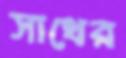
সাথের